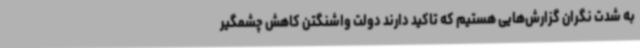
به شدت نگران گزارش‌هایی هستیم که تاکید دارند دولت واشنگتن کاهش چشمگیر